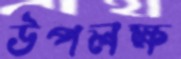
উপলক্ষ